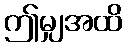
ဤမျှအထိ